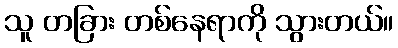
သူ တခြား တစ်နေရာကို သွားတယ်။